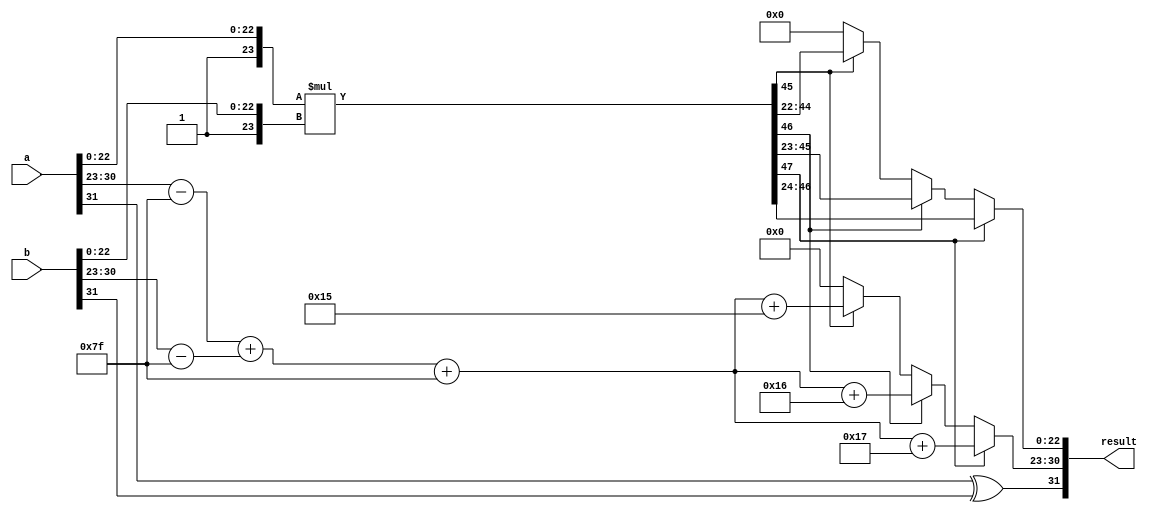
module FP_Wallace_Tree_Multiplier (
    input [31:0] a,   // First floating-point input (IEEE 754 single precision)
    input [31:0] b,   // Second floating-point input (IEEE 754 single precision)
    output [31:0] result // Result of multiplication (IEEE 754 single precision)
);

// Unpacking components
wire sign_a = a[31];
wire sign_b = b[31];
wire [7:0] exp_a = a[30:23];
wire [7:0] exp_b = b[30:23];
wire [23:0] mant_a = {1'b1, a[22:0]}; // Include implicit leading 1
wire [23:0] mant_b = {1'b1, b[22:0]}; // Include implicit leading 1

// Exponent handling
wire [8:0] exp_a_adjusted = exp_a - 8'd127; // Adjust with bias
wire [8:0] exp_b_adjusted = exp_b - 8'd127; // Adjust with bias
wire [8:0] exp_product = exp_a_adjusted + exp_b_adjusted; // Sum of exponents
wire [7:0] final_exponent = exp_product + 8'd127; // Add bias back

// Mantissa multiplication using Wallace tree (simplified concept)
wire [47:0] mant_product; // Result of mantissa multiplication (at least 48 bits)
assign mant_product = mant_a * mant_b; // Simple multiplication, can be replaced with an actual Wallace tree

// Normalization
reg [23:0] normalized_mant; // Normalized mantissa
reg [7:0] adjusted_exponent;
reg [4:0] shift_count;

always @(*) begin
    // Find the leading 1 and normalize the mantissa
    if (mant_product[47] == 1) begin
        normalized_mant = mant_product[47:24]; // Keep the top 24 bits
        adjusted_exponent = final_exponent + 8'd23; // Adjust exponent by shifting
        shift_count = 0;
    end else if (mant_product[46] == 1) begin
        normalized_mant = mant_product[46:23]; // Keep the top 23 bits
        adjusted_exponent = final_exponent + 8'd22;
        shift_count = 1;
    end else if (mant_product[45] == 1) begin
        normalized_mant = mant_product[45:22]; // Keep the top 22 bits
        adjusted_exponent = final_exponent + 8'd21;
        shift_count = 2;
    end // Continue for further bits as needed
    else begin
        normalized_mant = 0; // Should handle denormalized cases
        adjusted_exponent = 0;
        shift_count = 0; // Maintain the same shift
    end
end

// Rounding (simple round to nearest)
reg [23:0] rounded_mant;
always @(*) begin
    rounded_mant = normalized_mant;
    // Implement rounding logic here if needed (for example, rounding)
end

// Final output assembling
wire final_sign = sign_a ^ sign_b; // Sign of the product
assign result = {final_sign, adjusted_exponent, rounded_mant[22:0]}; // Pack result

endmodule